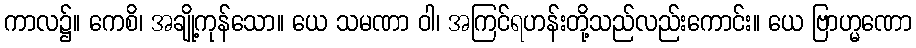
ကာလ၌။ ကေစိ၊ အချို့ကုန်သော။ ယေ သမဏာ ဝါ၊ အကြင်ရဟန်းတို့သည်လည်းကောင်း။ ယေ ဗြာဟ္မဏော